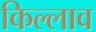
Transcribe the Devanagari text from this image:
किल्लाव